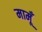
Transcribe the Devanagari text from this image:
मामूँ